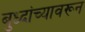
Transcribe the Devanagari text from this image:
बुध्दांच्यावरून